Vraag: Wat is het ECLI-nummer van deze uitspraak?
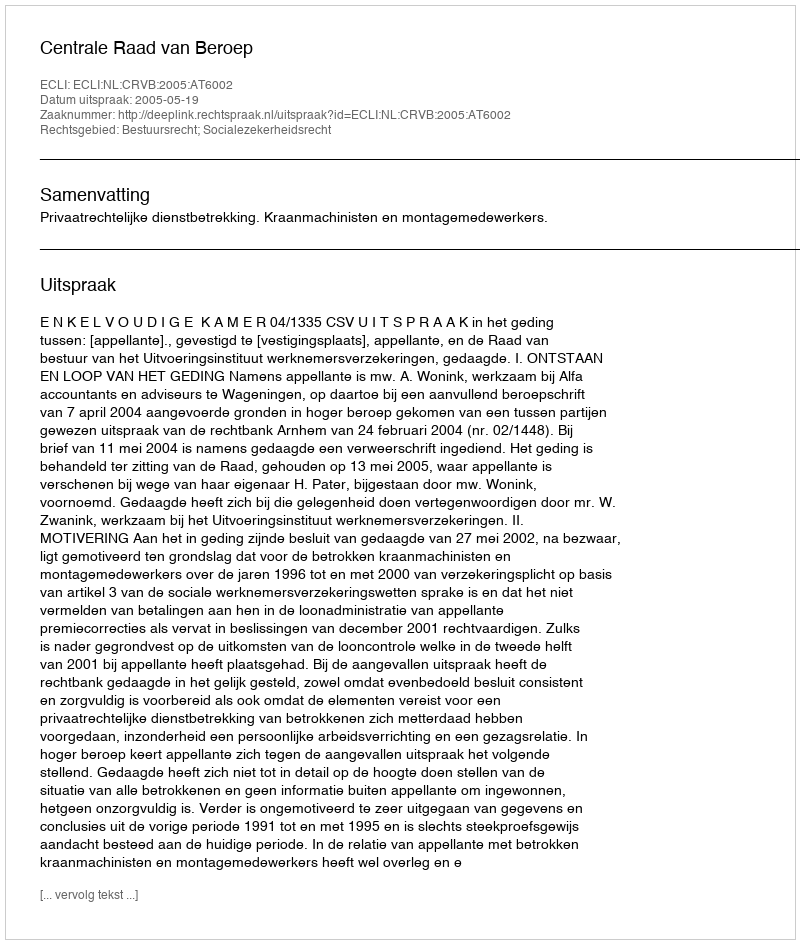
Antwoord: ECLI:NL:CRVB:2005:AT6002